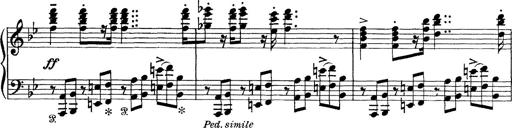
Title: Scherzo und Marsch
Composer: Franz Liszt